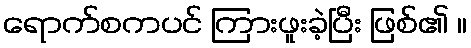
ရောက်စကပင် ကြားဖူးခဲ့ပြီး ဖြစ်၏ ။